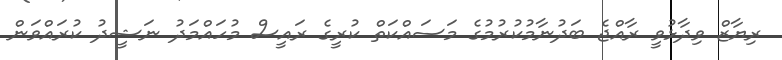
ރިޔާޒް ވިދާޅުވީ ރާއްޖެ ބަދުނާމުކުރުމުގެ މަސައްކަތް ކުރީގެ ރައީސް މުހައްމަދު ނަޝީދު ކުރައްވަން